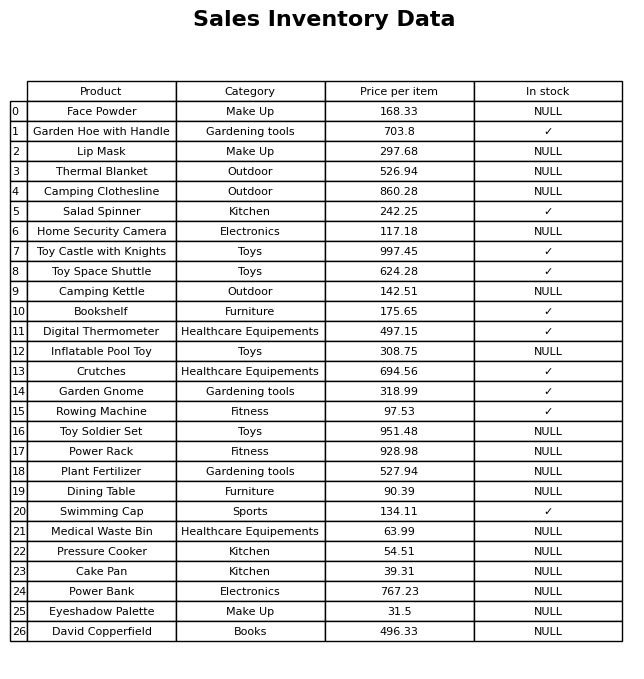
question: What is the price of the Toy Castle with Knights?
answer: The price of Toy Castle with Knights is 997.45.